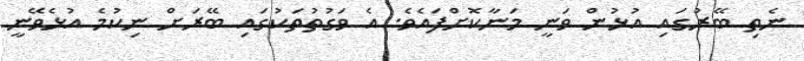
ނެތި ބޭރުގައި އުޅުން ވަނީ މަނާކޮށްފައެވެ. އެ ވަގުތުތަކުގައި ބޭރަށް ނިކުމެ އުޅެވޭނީ